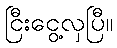
ငြီးငွေ့လှပြီ။